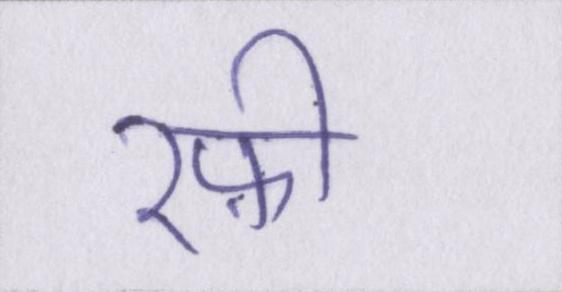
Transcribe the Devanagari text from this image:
रफ़ी